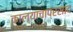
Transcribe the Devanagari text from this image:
काल्याचाप्रसाद